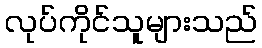
လုပ်ကိုင်သူများသည်